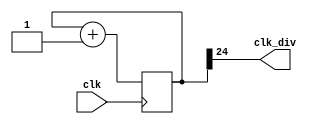
`timescale 1ns / 1ps
module clock_divider(clk,clk_div);
    input clk;
    output clk_div;
    parameter n = 25;
    reg[n-1:0]num = 0;
    wire[n-1:0]next_num;
    always@(posedge clk)begin
        num <= next_num;
    end
    assign next_num = num + 1;
    assign clk_div = num[n-1];
endmodule

module lab3_1(
input clk,
input rst,
input en,
input speed,
output [15:0] led
);
    wire clk_div25, clk_div27,  clk_div0,  clk_div1;
    reg flag = 1'b1;
    reg [1:0] cnt = 2'b0;
    reg [2-1: 0] counter;
    reg [15:0] LED;
    integer i;
    clock_divider #(25) div1(.clk(clk), .clk_div(clk_div25));
    always@(posedge clk_div25)begin
        counter <= counter+1;
    end
    assign clk_div27 = counter[1]; 
    assign clk_div0 = (speed) ? clk_div27 : clk_div25;
    assign clk_div1 = (speed) ? clk_div25 : clk_div27;

    always @(posedge clk_div1 or posedge rst) begin
        if(rst) begin
            LED <= 16'b0;
        end else if (en) begin
            if(LED == 16'b0) 
                LED = 16'b1000100010001000;
            else if(LED == 16'b1000100010001000)
                LED = 16'b1100110011001100;
            else if(LED == 16'b1100110011001100)
                LED = 16'b1110111011101110;
            else if(LED == 16'b1110111011101110)
                LED = 16'b1111111111111111;
            else LED = 16'b0;
        end else LED = LED;
    end
    assign led = LED;
endmodule